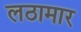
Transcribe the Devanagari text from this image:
लठामार